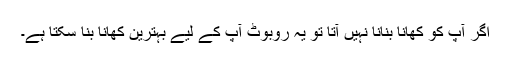
اگر آپ کو کھانا بنانا نہیں آتا تو یہ روبوٹ آپ کے لیے بہترین کھانا بنا سکتا ہے۔